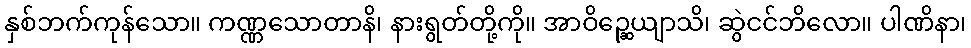
နှစ်ဘက်ကုန်သော။ ကဏ္ဏသောတာနိ၊ နားရွတ်တို့ကို။ အာဝိဉ္ဆေယျာသိ၊ ဆွဲငင်ဘိလော။ ပါဏိနာ၊